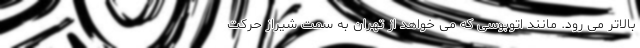
بالاتر می رود. مانند اتوبوسی که می خواهد از تهران به سمت شیراز حرکت